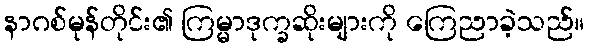
နာဂစ်မုန်တိုင်း၏ ကြမ္မာဒုက္ခဆိုးများကို ကြေညာခဲ့သည်။